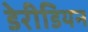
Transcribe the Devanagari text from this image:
डेरीडियन